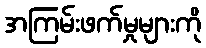
အကြမ်းဖက်မှုများကို